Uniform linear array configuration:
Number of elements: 16
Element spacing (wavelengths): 0.25
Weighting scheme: exponential
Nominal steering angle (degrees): -30
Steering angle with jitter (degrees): -28.971
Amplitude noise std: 0.05
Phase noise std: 0.05

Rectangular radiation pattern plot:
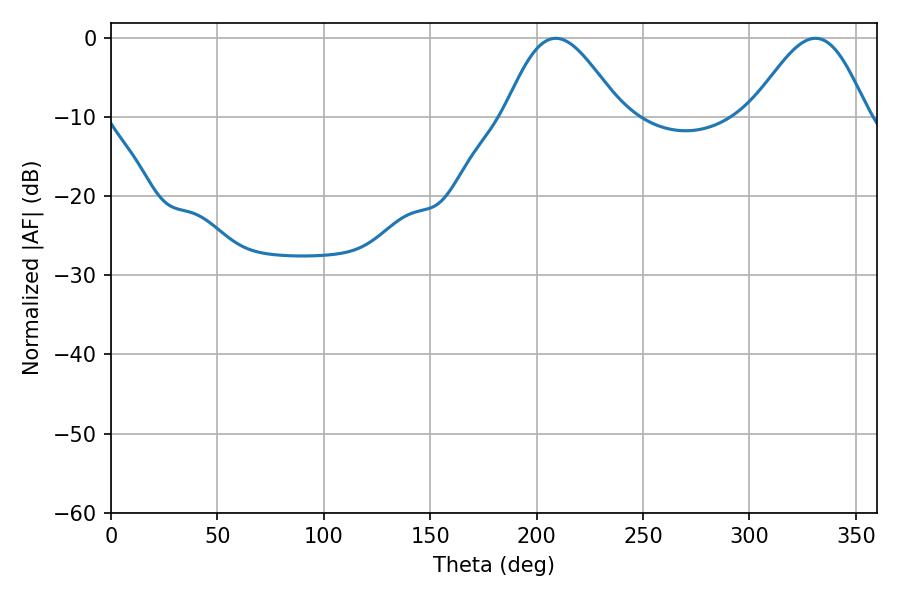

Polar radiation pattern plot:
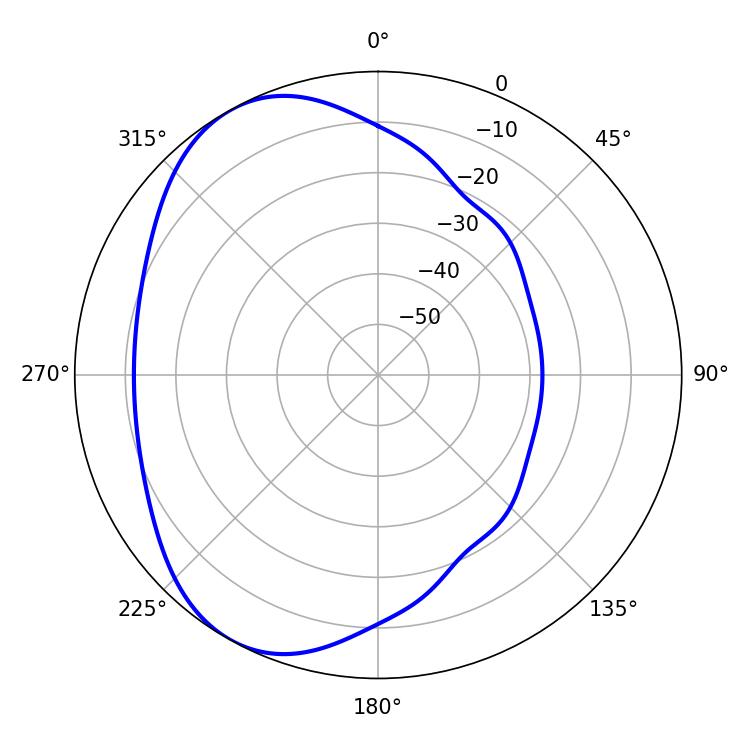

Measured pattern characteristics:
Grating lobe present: FALSE
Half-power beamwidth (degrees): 28.98
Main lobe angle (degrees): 208.98